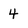
Character: 4